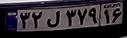
۳۲ل۳۷۹۱۶